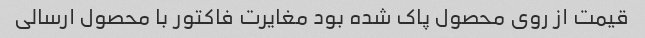
قیمت از روی محصول پاک شده بود مغایرت فاکتور با محصول ارسالی